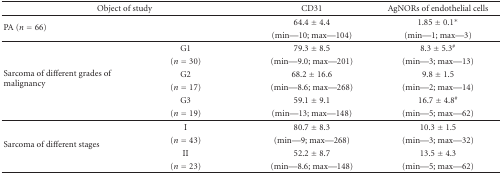
| <COLSPAN=2> Object of study | CD31 | AgNORs of endothelial cells |
 | --- | --- | --- | --- |
 | <ROWSPAN=2> PA (n = 66) |  | 64.4 ± 4.4 | 1.85 ± 0.1∗ |
 |  | (min—10; max—104) | (min—1; max—3) |
 | <ROWSPAN=6> Sarcoma of different grades of malignancy | G1 | 79.3 ± 8.5 | 8.3 ± 5.3# |
 | (n = 30) | (min—9.0; max—201) | (min—3; max—13) |
 | G2 | 68.2 ± 16.6 | 9.8 ± 1.5 |
 | (n = 17) | (min—8.6; max—268) | (min—2; max—14) |
 | G3 | 59.1 ± 9.1 | 16.7 ± 4.8# |
 | (n = 19) | (min—13; max—148) | (min—5; max—62) |
 | <ROWSPAN=4> Sarcoma of different stages | I | 80.7 ± 8.3 | 10.3 ± 1.5 |
 | (n = 43) | (min—9; max—268) | (min—3; max—32) |
 | II | 52.2 ± 8.7 | 13.5 ± 4.3 |
 | (n = 23) | (min—8.6; max—148) | (min—5; max—62) |